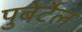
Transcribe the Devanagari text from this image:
पुबेर्टेल